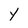
Character: y